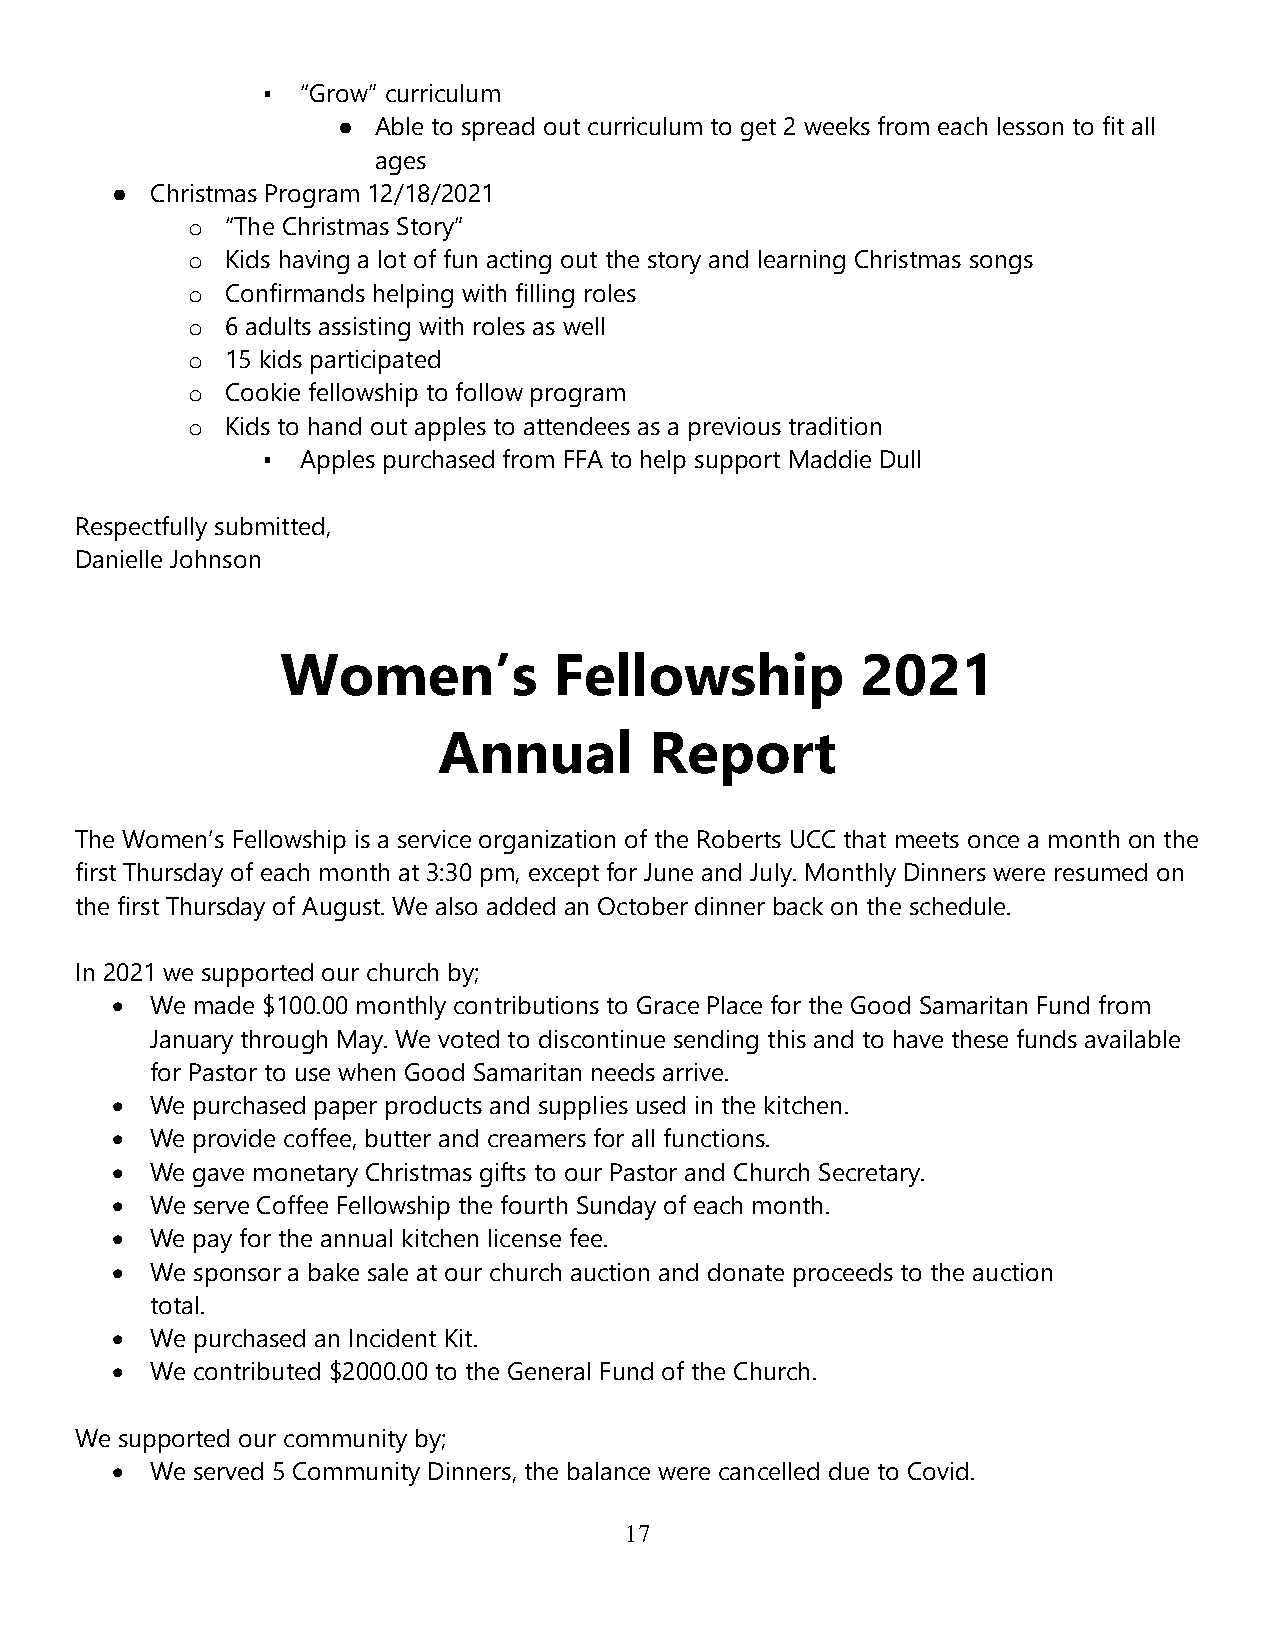
▪  “Grow” curriculum
 ●  Able to spread out curriculum to get 2 weeks from each lesson to fit all
 ages
 ●  Christmas Program 12/18/2021
 “The Christmas Story”
 o
 Kids having a lot of fun acting out the story and learning Christmas songs
 o
 Confirmands helping with filling roles
 o
 6 adults assisting with roles as well
 o
 15 kids participated
 o
 Cookie fellowship to follow program
 o
 Kids to hand out apples to attendees as a previous tradition
 o
 ▪  Apples purchased from FFA to help support Maddie Dull
 Respectfully submitted,
 Danielle Johnson
 Women’s           Fellowship          2021
 Annual        Report
 The Women’s Fellowship is a service organization of the Roberts UCC that meets once a month on the
 first Thursday of each month at 3:30 pm, except for June and July. Monthly Dinners were resumed on
 the first Thursday of August. We also added an October dinner back on the schedule.
 In 2021 we supported our church by;
 •  We made $100.00 monthly contributions to Grace Place for the Good Samaritan Fund from
 January through May. We voted to discontinue sending this and to have these funds available
 for Pastor to use when Good Samaritan needs arrive.
 •  We purchased paper products and supplies used in the kitchen.
 •  We provide coffee, butter and creamers for all functions.
 •  We gave monetary Christmas gifts to our Pastor and Church Secretary.
 •  We serve Coffee Fellowship the fourth Sunday of each month.
 •  We pay for the annual kitchen license fee.
 •  We sponsor a bake sale at our church auction and donate proceeds to the auction
 total.
 •  We purchased an Incident Kit.
 •  We contributed $2000.00 to the General Fund of the Church.
 We supported our community by;
 •  We served 5 Community Dinners, the balance were cancelled due to Covid.
 17